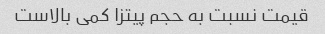
قیمت نسبت به حجم پیتزا کمی بالاست